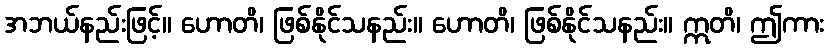
အဘယ်နည်းဖြင့်။ ဟောတိ၊ ဖြစ်နိုင်သနည်း။ ဟောတိ၊ ဖြစ်နိုင်သနည်း။ ဣတိ၊ ဤကား